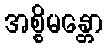
အစ္စိမန္တော